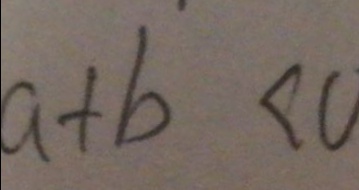
a + b < 0